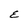
Character: E